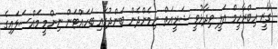
ގާޒީ އިބްރާހީމް އަލީ ވިދާޅުވީ ޝަރީއަތް ނިމެންދެން ބަންދުގައި ބަހައްޓަން ނިންމީ މައްސަލައިގެ